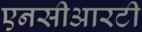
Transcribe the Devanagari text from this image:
एनसीआरटी